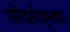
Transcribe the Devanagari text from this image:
सौंदर्यदृष्ट्या